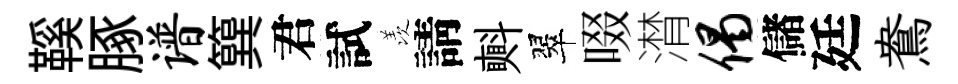
鞵䐁谱簨君試羡請㪺翠啜潸偈儲廷鴦